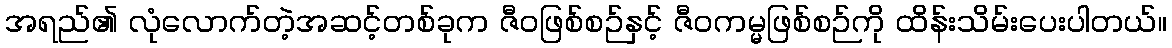
အရည်၏ လုံလောက်တဲ့အဆင့်တစ်ခုက ဇီဝဖြစ်စဉ်နှင့် ဇီဝကမ္မဖြစ်စဉ်ကို ထိန်းသိမ်းပေးပါတယ်။